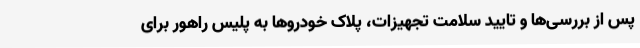
پس از بررسی‌ها و تایید سلامت تجهیزات، پلاک خودروها به پلیس راهور برای